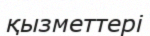
қызметтері